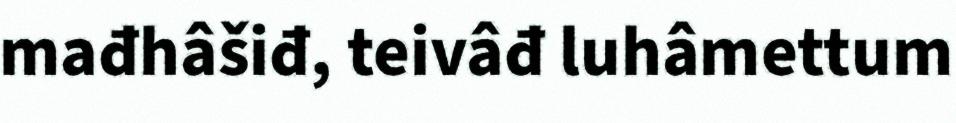
mađhâšiđ, teivâđ luhâmettum